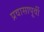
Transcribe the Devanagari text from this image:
प्रवासापूर्वी